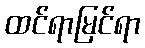
ထင်ရာမြင်ရာ